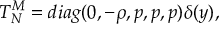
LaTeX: T _ { N } ^ { M } = d i a g ( 0 , - \rho , p , p , p ) \delta ( y ) ,